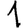
Digit: 1